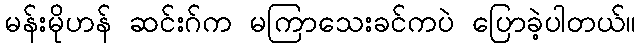
မန်းမိုဟန် ဆင်းဂ်က မကြာသေးခင်ကပဲ ပြောခဲ့ပါတယ်။